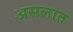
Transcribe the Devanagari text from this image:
असलात